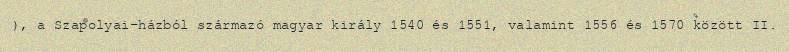
), a Szapolyai-házból származó magyar király 1540 és 1551, valamint 1556 és 1570 között II.